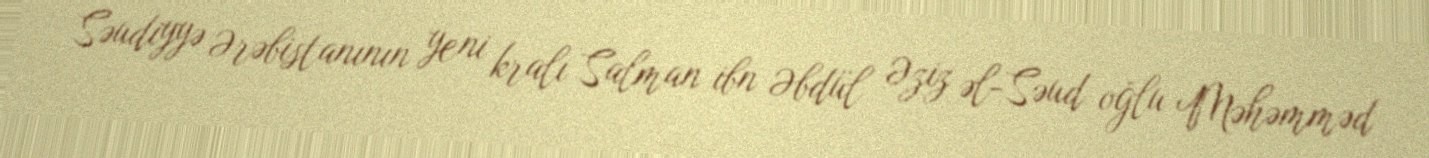
Səudiyyə Ərəbistanının yeni kralı Salman ibn Əbdül Əziz əl-Səud oğlu Məhəmməd